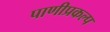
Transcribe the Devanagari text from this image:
पाणीप्रकल्प